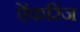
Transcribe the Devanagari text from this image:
ऐंकरिज